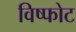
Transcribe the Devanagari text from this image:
विष्फोट